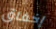
إخفاق